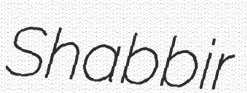
Shabbir